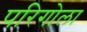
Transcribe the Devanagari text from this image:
परिगोला